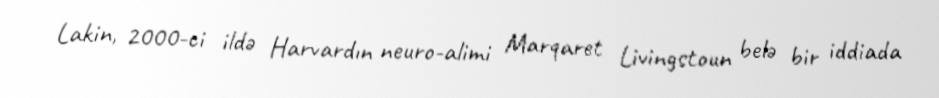
Lakin, 2000-ci ildə Harvardın neuro-alimi Marqaret Livingstoun belə bir iddiada